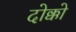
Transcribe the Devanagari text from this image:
दोक्को